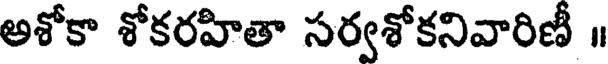
అశోకా శోకరహితా సర్వశోకనివారిణీ ॥